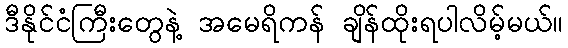
ဒီနိုင်ငံကြီးတွေနဲ့ အမေရိကန် ချိန်ထိုးရပါလိမ့်မယ်။